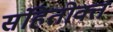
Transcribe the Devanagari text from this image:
संहितोक्त